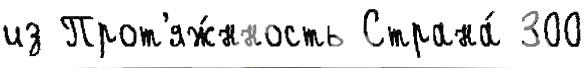
из Прот'яж́нность Страна́ 300